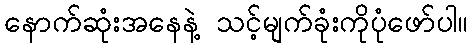
နောက်ဆုံးအနေနဲ့ သင့်မျက်ခုံးကိုပုံဖော်ပါ။